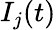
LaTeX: I_{j}(t)